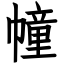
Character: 幢